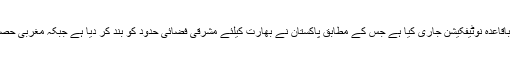
تفصیلات کے مطابق سول ایوی ایشن اتھارٹی نے باقاعدہ نوٹیفکیشن جاری کیا ہے جس کے مطابق پاکستان نے بھارت کیلئے مشرقی فضائی حدود کو بند کر دیا ہے جبکہ مغربی حصے میں فضائی آپریشن جاری رکھنے کا کہا ہے ۔